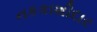
નકકાશીદાર